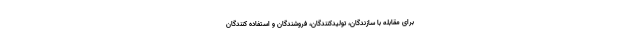
برای مقابله با سازندگان، تولیدکنندگان، فروشندگان و استفاده­ کنندگان